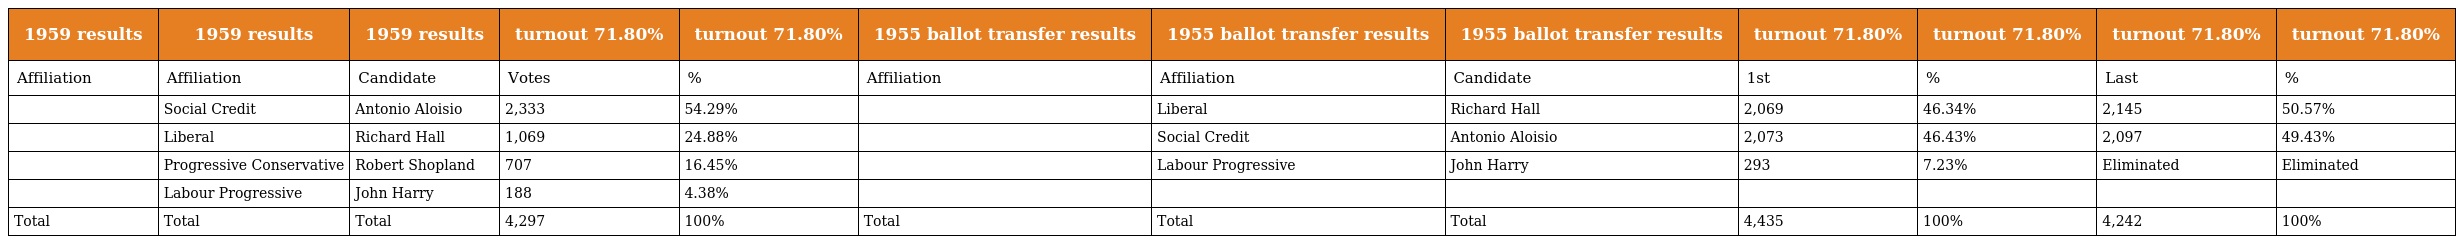
| 1959 results | 1959 results | 1959 results | turnout 71.80% | turnout 71.80% | 1955 ballot transfer results | 1955 ballot transfer results | 1955 ballot transfer results | turnout 71.80% | turnout 71.80% | turnout 71.80% | turnout 71.80% |
 | --- | --- | --- | --- | --- | --- | --- | --- | --- | --- | --- | --- |
 | Affiliation | Affiliation | Candidate | Votes | % | Affiliation | Affiliation | Candidate | 1st | % | Last | % |
 |  | Social Credit | Antonio Aloisio | 2,333 | 54.29% |  | Liberal | Richard Hall | 2,069 | 46.34% | 2,145 | 50.57% |
 |  | Liberal | Richard Hall | 1,069 | 24.88% |  | Social Credit | Antonio Aloisio | 2,073 | 46.43% | 2,097 | 49.43% |
 |  | Progressive Conservative | Robert Shopland | 707 | 16.45% |  | Labour Progressive | John Harry | 293 | 7.23% | Eliminated | Eliminated |
 |  | Labour Progressive | John Harry | 188 | 4.38% |  |  |  |  |  |  |  |
 | Total | Total | Total | 4,297 | 100% | Total | Total | Total | 4,435 | 100% | 4,242 | 100% |